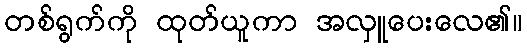
တစ်ရွက်ကို ထုတ်ယူကာ အလှူပေးလေ၏။